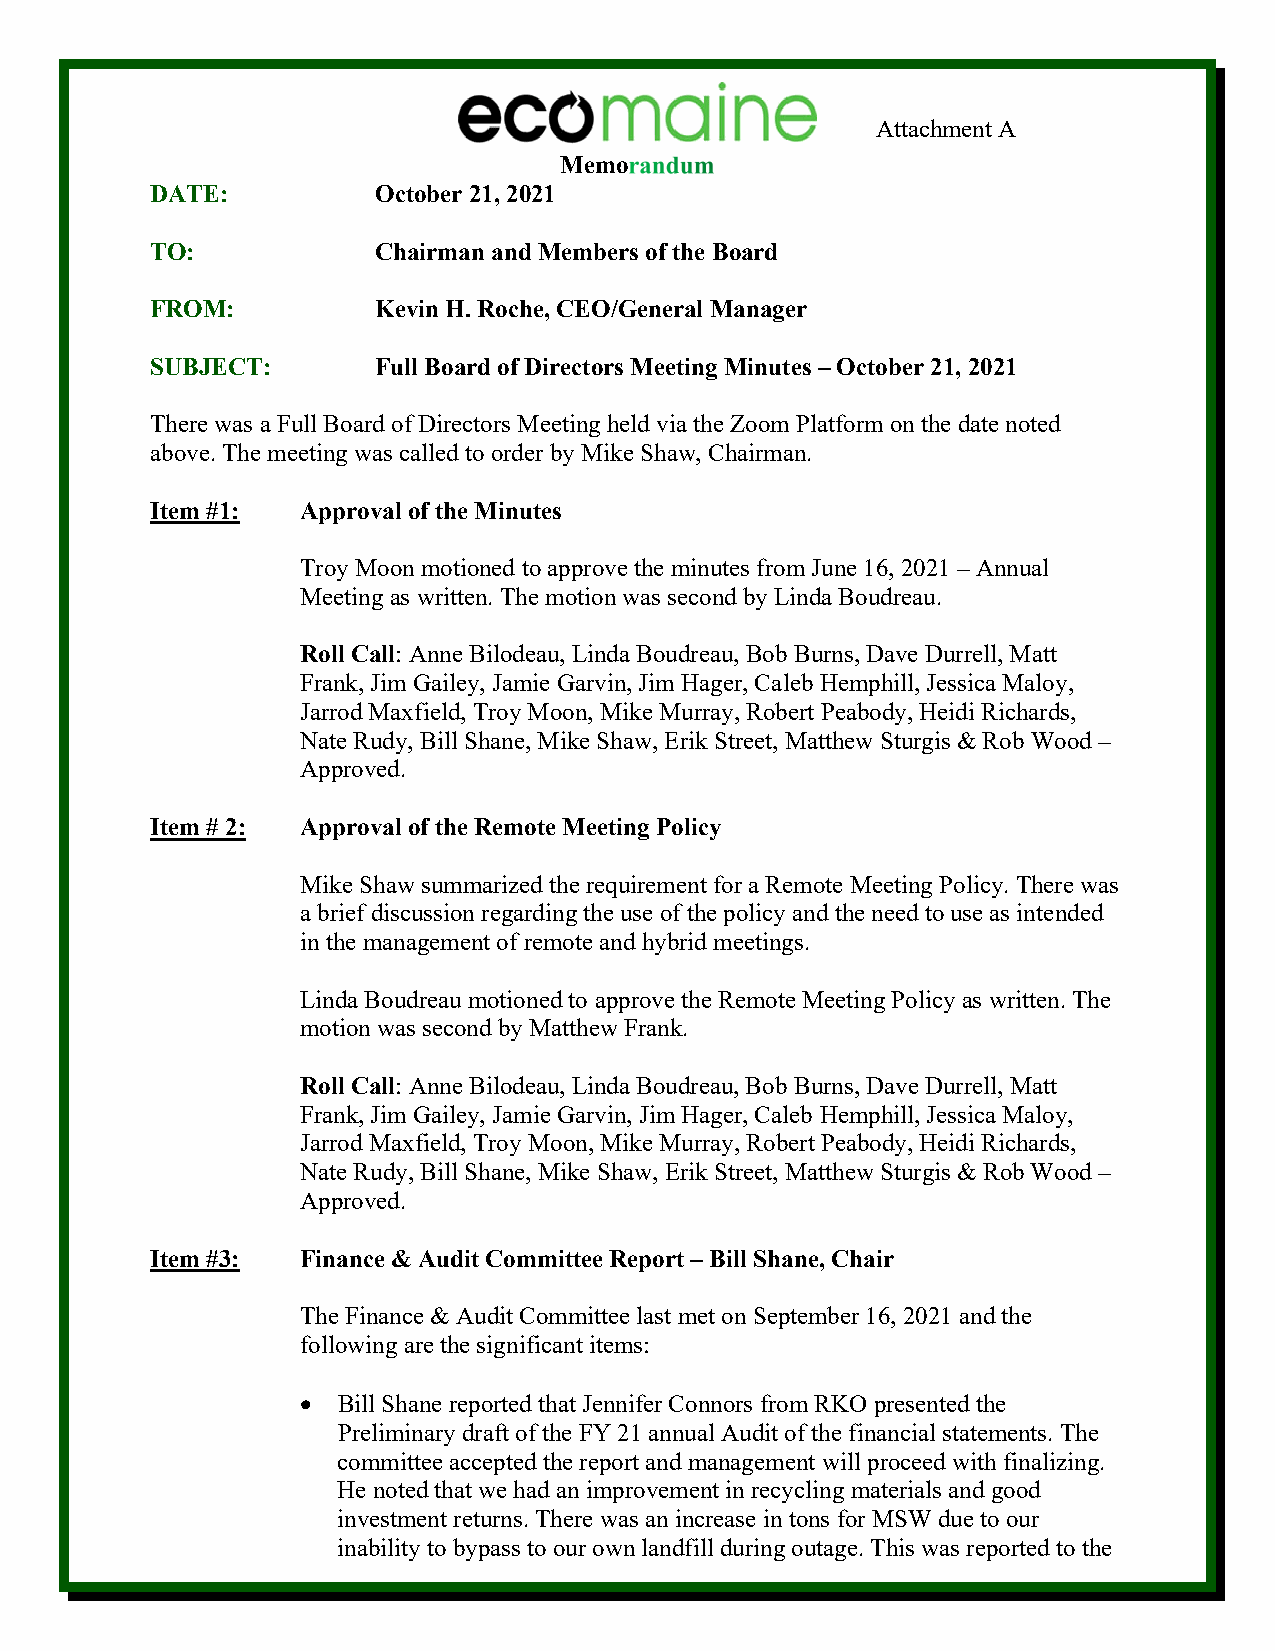
Attachment A
 Memo
 DATE:          October 21, 2021
 TO:            Chairman and Members of the Board
 FROM:          Kevin H. Roche, CEO/General Manager
 SUBJECT:       Full Board of Directors Meeting Minutes – October 21, 2021
 There was a Full Board of Directors Meeting held via the Zoom Platform on the date noted
 above. The meeting was called to order by Mike Shaw, Chairman.
 Item #1:  Approval of the Minutes
 Troy Moon motioned to approve the minutes from June 16, 2021 – Annual
 Meeting as written. The motion was second by Linda Boudreau.
 Roll Call: Anne Bilodeau, Linda Boudreau, Bob Burns, Dave Durrell, Matt
 Frank, Jim Gailey, Jamie Garvin, Jim Hager, Caleb Hemphill, Jessica Maloy,
 Jarrod Maxfield, Troy Moon, Mike Murray, Robert Peabody, Heidi Richards,
 Nate Rudy, Bill Shane, Mike Shaw, Erik Street, Matthew Sturgis & Rob Wood –
 Approved.
 Item # 2: Approval of the Remote Meeting Policy
 Mike Shaw summarized the requirement for a Remote Meeting Policy. There was
 a brief discussion regarding the use of the policy and the need to use as intended
 in the management of remote and hybrid meetings.
 Linda Boudreau motioned to approve the Remote Meeting Policy as written. The
 motion was second by Matthew Frank.
 Roll Call: Anne Bilodeau, Linda Boudreau, Bob Burns, Dave Durrell, Matt
 Frank, Jim Gailey, Jamie Garvin, Jim Hager, Caleb Hemphill, Jessica Maloy,
 Jarrod Maxfield, Troy Moon, Mike Murray, Robert Peabody, Heidi Richards,
 Nate Rudy, Bill Shane, Mike Shaw, Erik Street, Matthew Sturgis & Rob Wood –
 Approved.
 Item #3:  Finance & Audit Committee Report – Bill Shane, Chair
 The Finance & Audit Committee last met on September 16, 2021 and the
 following are the significant items:
 • Bill Shane reported that Jennifer Connors from RKO presented the
 Preliminary draft of the FY 21 annual Audit of the financial statements. The
 committee accepted the report and management will proceed with finalizing.
 He noted that we had an improvement in recycling materials and good
 investment returns. There was an increase in tons for MSW due to our
 inability to bypass to our own landfill during outage. This was reported to the